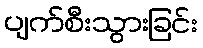
ပျက်စီးသွားခြင်း